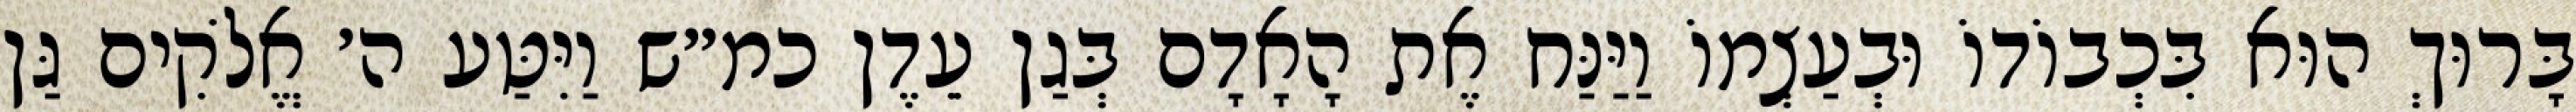
בָּרוּךְ הוּא בִּכְבוֹדוֹ וּבְעַצְמוֹ וַיַּנַּח אֶת הָאָדָם בְּגַן עֵדֶן כמ״ש וַיִּטַּע ה׳ אֱלֹקִים גַּן